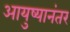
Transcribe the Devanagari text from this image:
आयुष्यानंतर